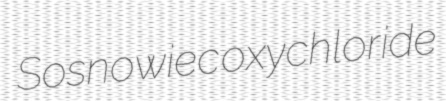
Sosnowiec oxychloride